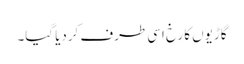
گاڑیوں کا رخ اسی طرف کردیا گیا۔